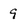
Character: 9